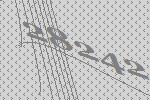
28242